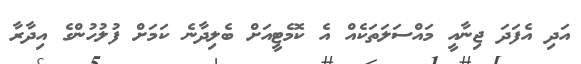
އަދި އެފަދަ ޖިނާއީ މައްސަލަތަކެއް އެ ކޮމެޓީއަށް ބެލިދާނެ ކަމަށް ފުލުހުންގެ އިދާރާ